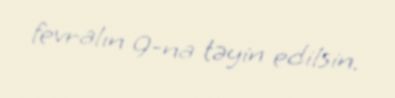
fevralın 9-na təyin edilsin.